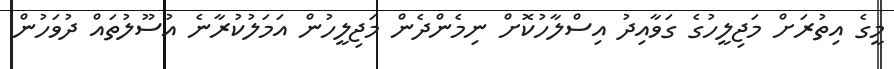
މީގެ އިތުރަށް މަޖިލީހުގެ ގަވާއިދު އިސްލާހުކޮށް ނިމެންދެން މަޖިލީހުން އަމަލުކުރާނެ އުސޫލުތައް ދުވަހުން